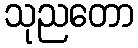
သုညတော